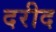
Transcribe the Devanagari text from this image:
दरीद